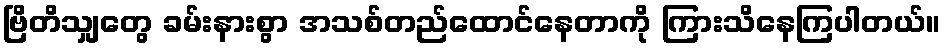
ဗြိတိသျှတွေ ခမ်းနားစွာ အသစ်တည်ထောင်နေတာကို ကြားသိနေကြပါတယ်။